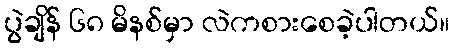
ပွဲချိန် ၆၈ မိနစ်မှာ လဲကစားစေခဲ့ပါတယ်။